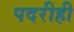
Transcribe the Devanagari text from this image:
पदरीही